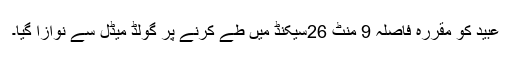
عبید کو مقررہ فاصلہ 9 منٹ 26سیکنڈ میں طے کرنے پر گولڈ میڈل سے نوازا گیا۔